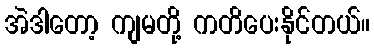
အဲဒါတော့ ကျမတို့ ကတိပေးနိုင်တယ်။